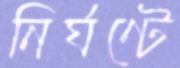
নির্ঘণ্টে